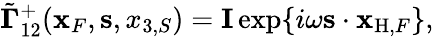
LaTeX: \begin{array}{r}{\tilde{\mathbf\Gamma}_{12}^{+}({\mathbf x}_{F},{\mathbf s},x_{3,S})={\mathbf I}\exp\{ i\omega{\mathbf s}\cdot{\mathbf x}_{\mathrm{H},F}\} ,}\end{array}